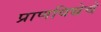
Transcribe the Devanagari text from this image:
प्राणविद्येचे